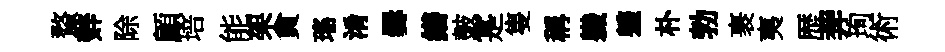
蝥辤除顧培能架貪瑤淆爨繕皷寔隻稱軄軆朴勃裹夷歴莾珣術